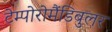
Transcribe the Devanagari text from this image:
टेम्पोरोमैंडिबुलर